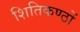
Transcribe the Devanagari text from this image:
शितिकण्ठों